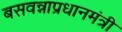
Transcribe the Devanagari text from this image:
बसवन्नाप्रधानमंत्री